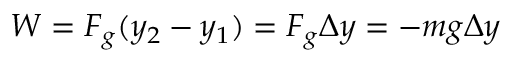
W = F _ { g } ( y _ { 2 } - y _ { 1 } ) = F _ { g } \Delta y = - m g \Delta y